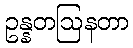
ဥန္နတဩနတာ